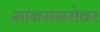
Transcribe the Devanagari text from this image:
मानससरोवर